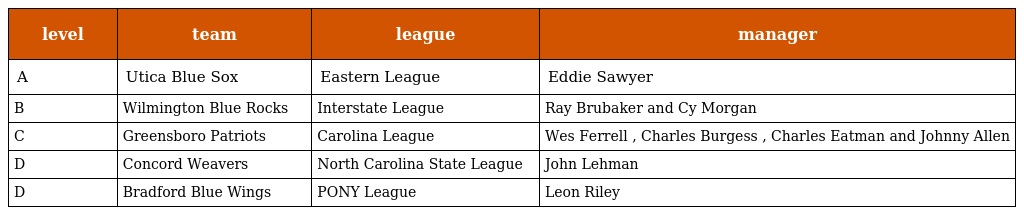
| level | team | league | manager |
 | --- | --- | --- | --- |
 | A | Utica Blue Sox | Eastern League | Eddie Sawyer |
 | B | Wilmington Blue Rocks | Interstate League | Ray Brubaker and Cy Morgan |
 | C | Greensboro Patriots | Carolina League | Wes Ferrell , Charles Burgess , Charles Eatman and Johnny Allen |
 | D | Concord Weavers | North Carolina State League | John Lehman |
 | D | Bradford Blue Wings | PONY League | Leon Riley |